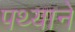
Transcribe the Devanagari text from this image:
पथ्याने